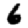
Digit: 6